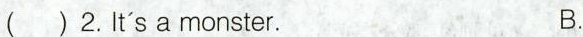
( ) 2.It's a monster. B.